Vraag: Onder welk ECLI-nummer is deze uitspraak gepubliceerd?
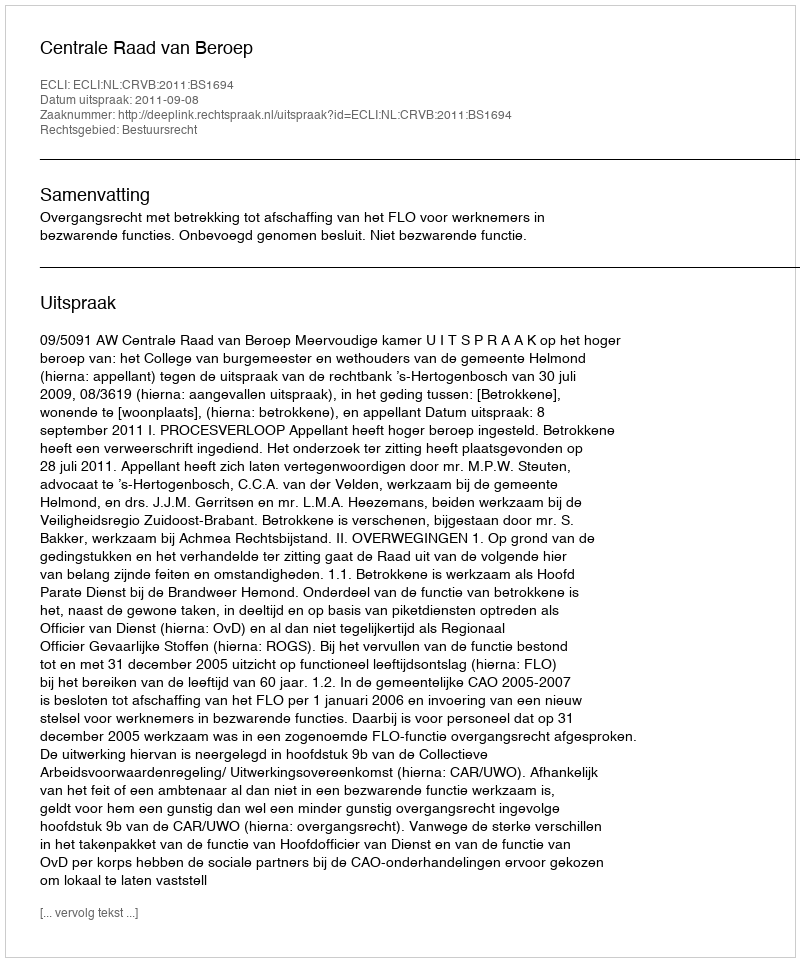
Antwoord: ECLI:NL:CRVB:2011:BS1694